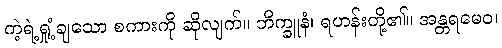
ကဲ့ရဲ့ရှုံ့ချသော စကားကို ဆိုလျက်။ ဘိက္ခူနံ၊ ရဟန်းတို့၏။ အန္တရမေဝ၊